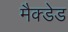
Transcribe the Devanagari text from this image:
मैक्डेड